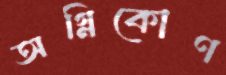
অগ্নিকোণ